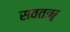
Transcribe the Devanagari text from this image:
सवतॠ